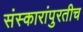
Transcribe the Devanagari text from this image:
संस्कारांपुरतीच